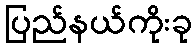
ပြည်နယ်ကိုးခု